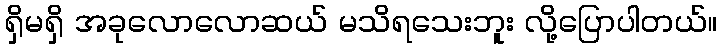
ရှိမရှိ အခုလောလောဆယ် မသိရသေးဘူး လို့ပြောပါတယ်။